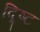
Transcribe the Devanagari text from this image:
द्र्ष्टि